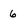
Character: 6